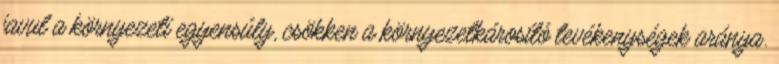
javul a környezeti egyensúly, csökken a környezetkárosító tevékenységek aránya.